Mental hospitals Bombay report 1929-33 - 1929-1933
Year: 1929
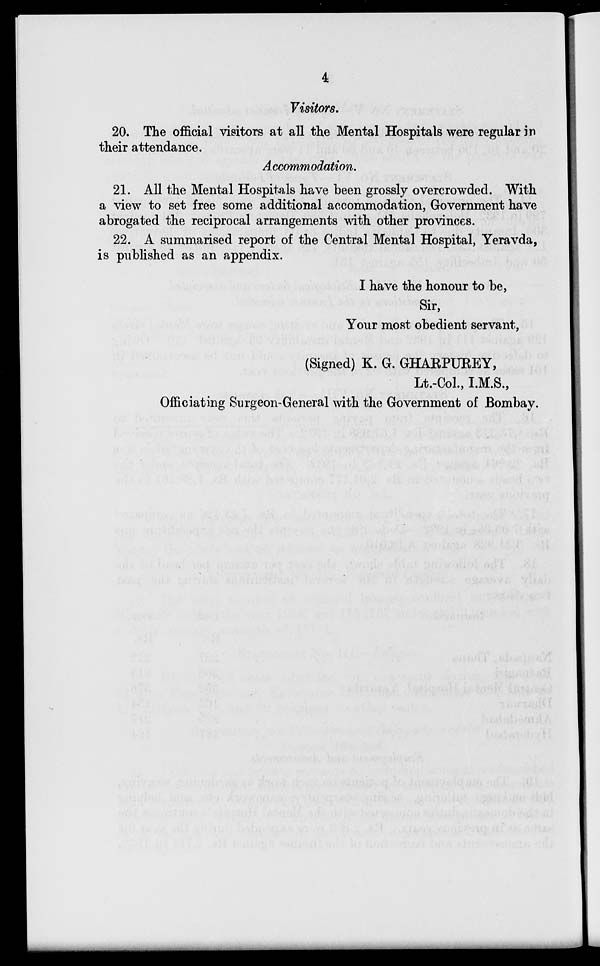
4
Visitors.
20. The official visitors at all the Mental Hospitals were regular in
their attendance.
Accommodation.
21. All the Mental Hospitals have been grossly overcrowded. With
a view to set free some additional accommodation, Government have
abrogated the reciprocal arrangements with other provinces.
22. A summarised report of the Central Mental Hospital, Yeravda,
is published as an appendix.
I have the honour to be,
Sir,
Your most obedient servant,
(Signed) K. G. GHARPUREY,
Lt.-Col., I.M.S.,
Officiating Surgeon-General with the Government of Bombay.